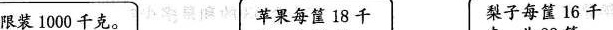
限装1000千克。 苹果每筐18千 梨子每筐16千